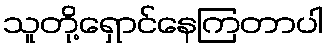
သူတို့ရှောင်နေကြတာပါ